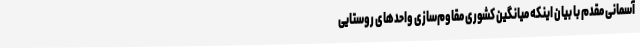
آسمانی مقدم با بیان اینکه میانگین کشوری مقاوم‌سازی واحدهای روستایی